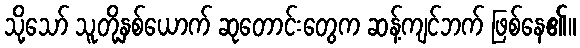
သို့သော် သူတို့နှစ်ယောက် ဆုတောင်းတွေက ဆန့်ကျင်ဘက် ဖြစ်နေ၏။